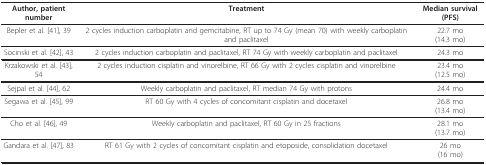
<table><thead><tr><td><b>Author, patient number</b></td><td><b>Treatment</b></td><td><b>Median survival (PFS)</b></td></tr></thead><tbody><tr><td>Bepler et al. [41], 39</td><td>2 cycles induction carboplatin and gemcitabine, RT up to 74 Gy (mean 70) with weekly carboplatin and paclitaxel</td><td>22.7 mo(14.3 mo)</td></tr><tr><td>Socinski et al. [42], 43</td><td>2 cycles induction carboplatin and paclitaxel, RT 74 Gy with weekly carboplatin and paclitaxel</td><td>24.3 mo</td></tr><tr><td>Krzakowski et al. [43], 54</td><td>2 cycles induction cisplatin and vinorelbine, RT 66 Gy with 2 cycles cisplatin and vinorelbine</td><td>23.4 mo(12.5 mo)</td></tr><tr><td>Sejpal et al. [44], 62</td><td>Weekly carboplatin and paclitaxel, RT median 74 Gy with protons</td><td>24.4 mo</td></tr><tr><td>Segawa et al. [45], 99</td><td>RT 60 Gy with 4 cycles of concomitant cisplatin and docetaxel</td><td>26.8 mo(13.4 mo)</td></tr><tr><td>Cho et al. [46], 49</td><td>Weekly carboplatin and paclitaxel, RT 60 Gy in 25 fractions</td><td>28.1 mo(13.7 mo)</td></tr><tr><td>Gandara et al. [47], 83</td><td>RT 61 Gy with 2 cycles of concomitant cisplatin and etoposide, consolidation docetaxel</td><td>26 mo(16 mo)</td></tr></tbody></table>